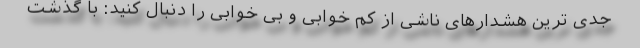
جدی ترین هشدارهای ناشی از کم خوابی و بی خوابی را دنبال کنید: با گذشت